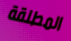
المطلقة